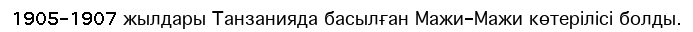
1905-1907 жылдары Танзанияда басылған Мажи-Мажи көтерілісі болды.